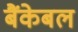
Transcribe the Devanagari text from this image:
बैंकेबल